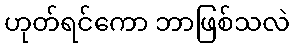
ဟုတ်ရင်ကော ဘာဖြစ်သလဲ